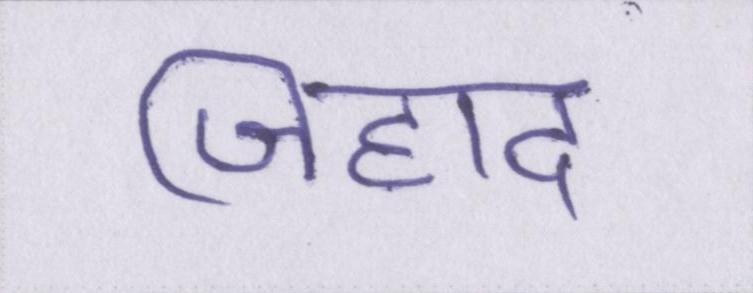
जिहाद